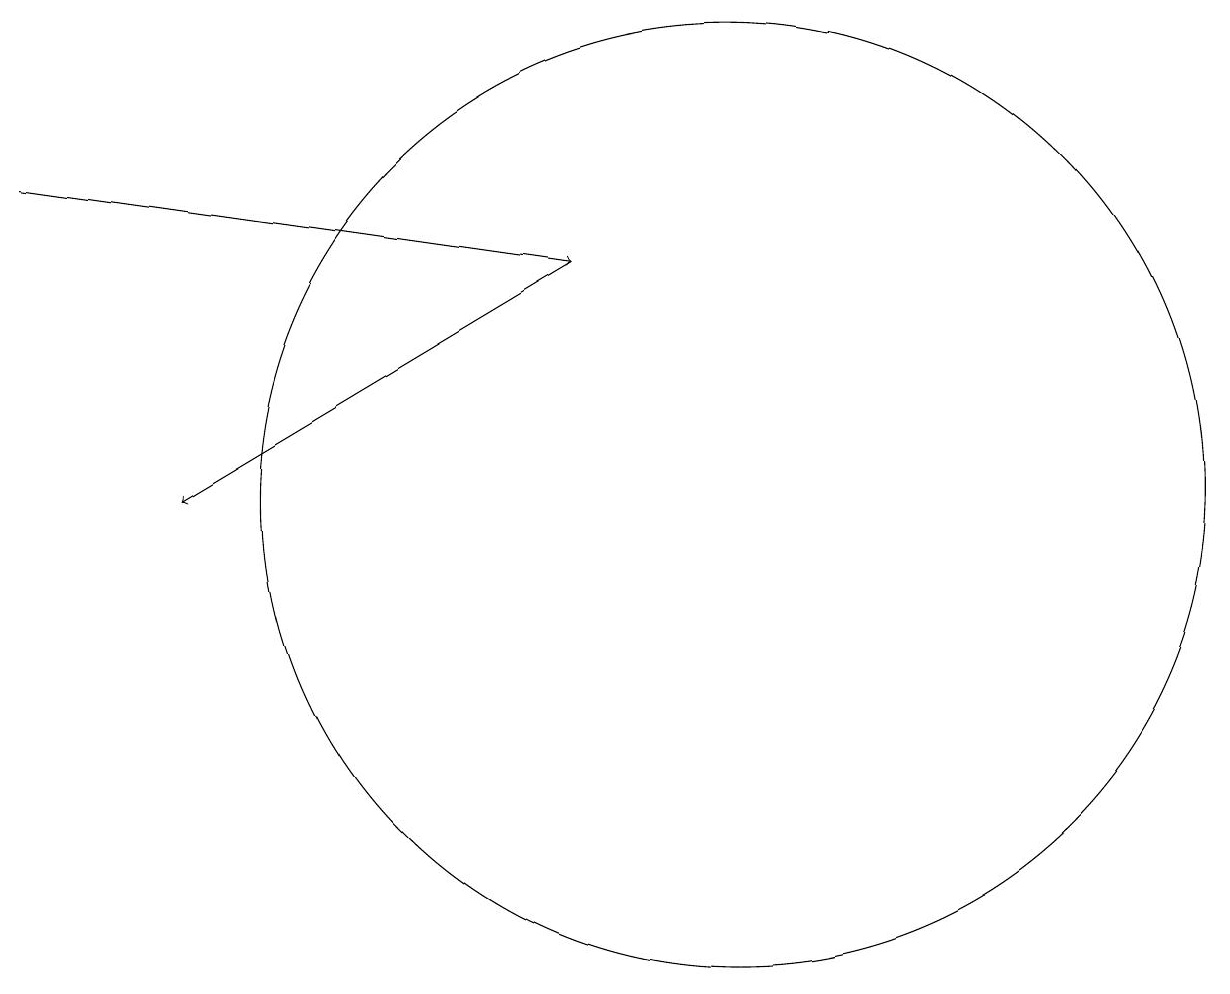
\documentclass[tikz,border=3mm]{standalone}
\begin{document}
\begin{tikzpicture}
\draw[->] (2,14) -- (9,13);
\draw (11,10) circle (6);
\draw[->] (9,13) -- (4,10);
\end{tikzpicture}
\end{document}